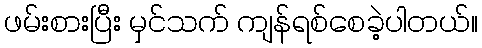
ဖမ်းစားပြီး မှင်သက် ကျန်ရစ်စေခဲ့ပါတယ်။